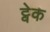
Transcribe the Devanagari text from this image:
ट्वेक